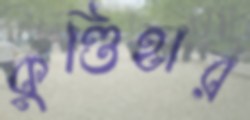
কুণ্ডিহার